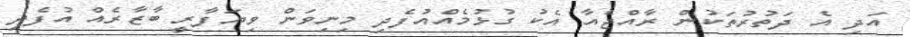
އަދި އެ ދަތުރުތަކުން ރާއްޖެއާ އެކު ގުޅުމެއްއުފެދި މިނިވަން ވިޔަފާރީ ބާޒާރެއް އުފެދި